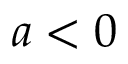
a < 0